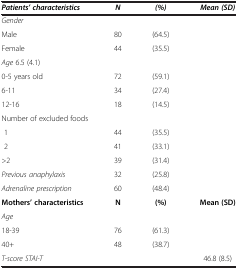
<table><thead><tr><td><b><i>Patients’ characteristics</i></b></td><td><b><i>N</i></b></td><td><b><i>(%)</i></b></td><td><b><i>Mean (SD)</i></b></td></tr></thead><tbody><tr><td colspan="4"><i>Gender</i></td></tr><tr><td>Male</td><td>80</td><td>(64.5)</td><td> </td></tr><tr><td>Female</td><td>44</td><td>(35.5)</td><td> </td></tr><tr><td colspan="4"><i>Age</i> 6.5 (4.1)</td></tr><tr><td>0-5 years old</td><td>72</td><td>(59.1)</td><td rowspan="3"> </td></tr><tr><td>6-11</td><td>34</td><td>(27.4)</td></tr><tr><td>12-16</td><td>18</td><td>(14.5)</td></tr><tr><td colspan="4">Number of excluded foods</td></tr><tr><td> 1</td><td>44</td><td>(35.5)</td><td> </td></tr><tr><td> 2</td><td>41</td><td>(33.1)</td><td> </td></tr><tr><td>&gt;2</td><td>39</td><td>(31.4)</td><td> </td></tr><tr><td><i>Previous anaphylaxis</i></td><td>32</td><td>(25.8)</td><td> </td></tr><tr><td><i>Adrenaline prescription</i></td><td>60</td><td>(48.4)</td><td> </td></tr><tr><td><b>Mothers’ characteristics</b></td><td><b>N</b></td><td><b>(%)</b></td><td><b>Mean (SD)</b></td></tr><tr><td><i>Age</i></td><td> </td><td> </td><td> </td></tr><tr><td>18-39</td><td>76</td><td>(61.3)</td><td> </td></tr><tr><td>40+</td><td>48</td><td>(38.7)</td><td> </td></tr><tr><td><i>T-score STAI-T</i></td><td> </td><td> </td><td>46.8 (8.5)</td></tr></tbody></table>